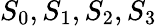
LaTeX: S_{0},S_{1},S_{2},S_{3}